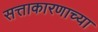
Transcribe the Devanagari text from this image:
सत्ताकारणाच्या